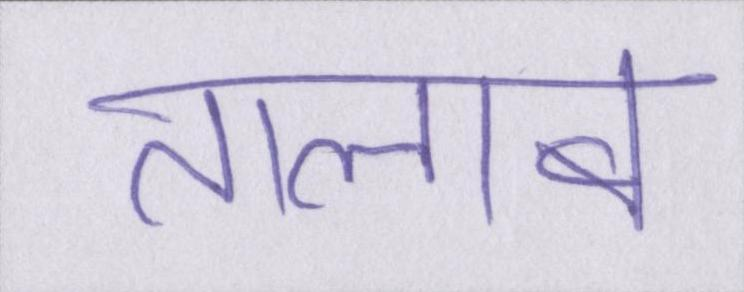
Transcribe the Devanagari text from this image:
तालाब